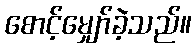
စောင့်မျှော်ခဲ့သည်။